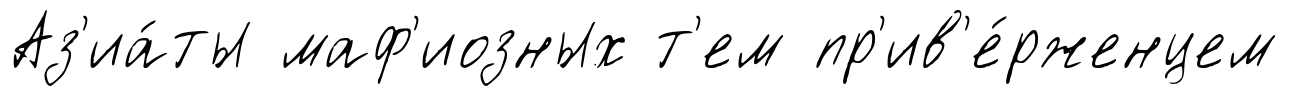
Аз'иа́ты маф'иозных т'ем пр'ив'е́рженцем